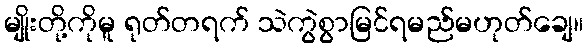
မျိုးတို့ကိုမူ ရုတ်တရက် သဲကွဲစွာမြင်ရမည်မဟုတ်ချေ။